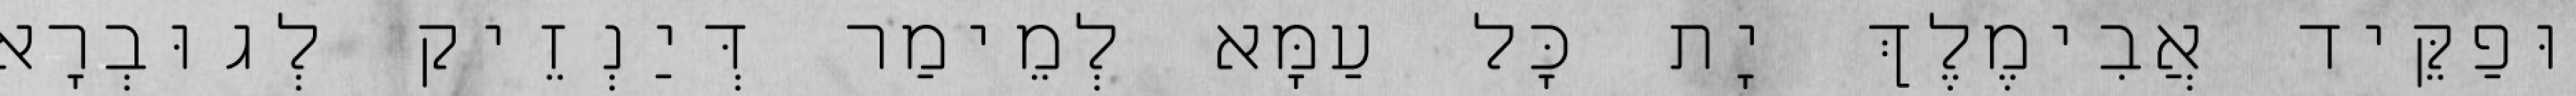
וּפַקֵּיד אֲבִימֶלֶךְ יָת כָּל עַמָּא לְמֵימַר דְּיַנְזֵיק לְגוּבְרָא